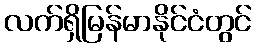
လက်ရှိမြန်မာနိုင်ငံတွင်